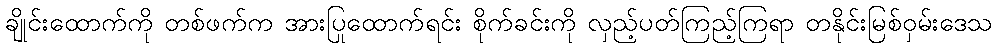
ချိုင်းထောက်ကို တစ်ဖက်က အားပြုထောက်ရင်း စိုက်ခင်းကို လှည့်ပတ်ကြည့်ကြရာ တနိုင်းမြစ်ဝှမ်းဒေသ